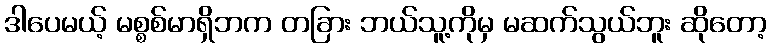
ဒါပေမယ့် မစ္စစ်မာရှိဘက တခြား ဘယ်သူ့ကိုမှ မဆက်သွယ်ဘူး ဆိုတော့